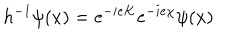
LaTeX: { h ^ { - 1 } \psi ( x ) = \mathrm { e } ^ { - i e K } \mathrm { e } ^ { - i e \chi } \psi ( x ) }